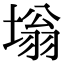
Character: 塕